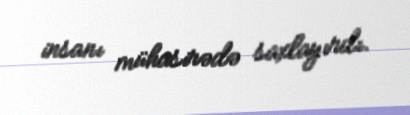
insanı mühasirədə saxlayırdı.